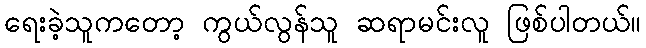
ရေးခဲ့သူကတော့ ကွယ်လွန်သူ ဆရာမင်းလူ ဖြစ်ပါတယ်။